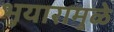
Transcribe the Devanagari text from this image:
भुयारामुळे